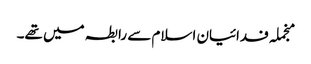
منجملہ فدائیان اسلام سے رابطہ میں تھے۔